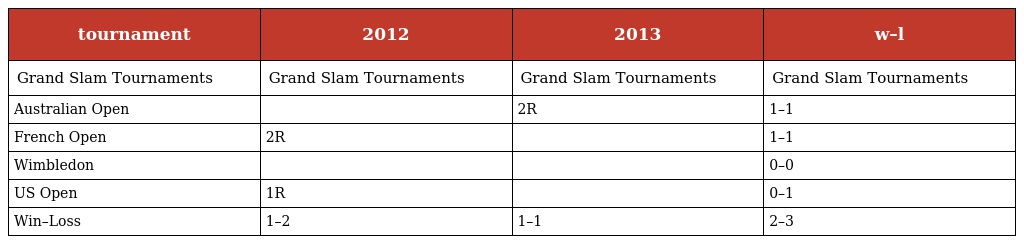
| tournament | 2012 | 2013 | w–l |
 | --- | --- | --- | --- |
 | Grand Slam Tournaments | Grand Slam Tournaments | Grand Slam Tournaments | Grand Slam Tournaments |
 | Australian Open |  | 2R | 1–1 |
 | French Open | 2R |  | 1–1 |
 | Wimbledon |  |  | 0–0 |
 | US Open | 1R |  | 0–1 |
 | Win–Loss | 1–2 | 1–1 | 2–3 |